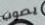
يصوب